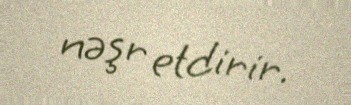
nəşr etdirir.